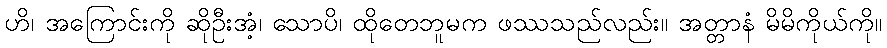
ဟိ၊ အကြောင်းကို ဆိုဦးအံ့၊ သောပိ၊ ထိုတေဘူမက ဖဿသည်လည်း။ အတ္တာနံ မိမိကိုယ်ကို။